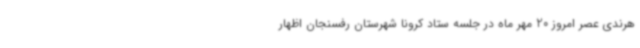
هرندی عصر امروز 20 مهر ماه در جلسه ستاد کرونا شهرستان رفسنجان اظهار